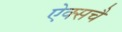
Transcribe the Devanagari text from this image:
ऐक्सचै